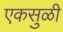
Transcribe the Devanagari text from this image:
एकसुळी